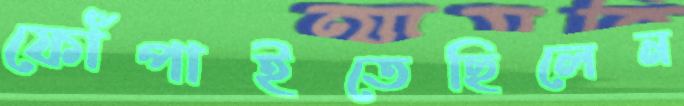
ফোঁপাইতেছিলেন